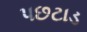
પછટાડ